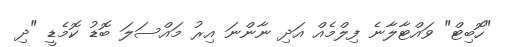
"ހޮބިޓް" ވައްޓާލާނެ ފިލްމެއް އަދި ނާންނަ އިރު މައްސަލަ ބޮޑު ކޮމެޑީ "ދި